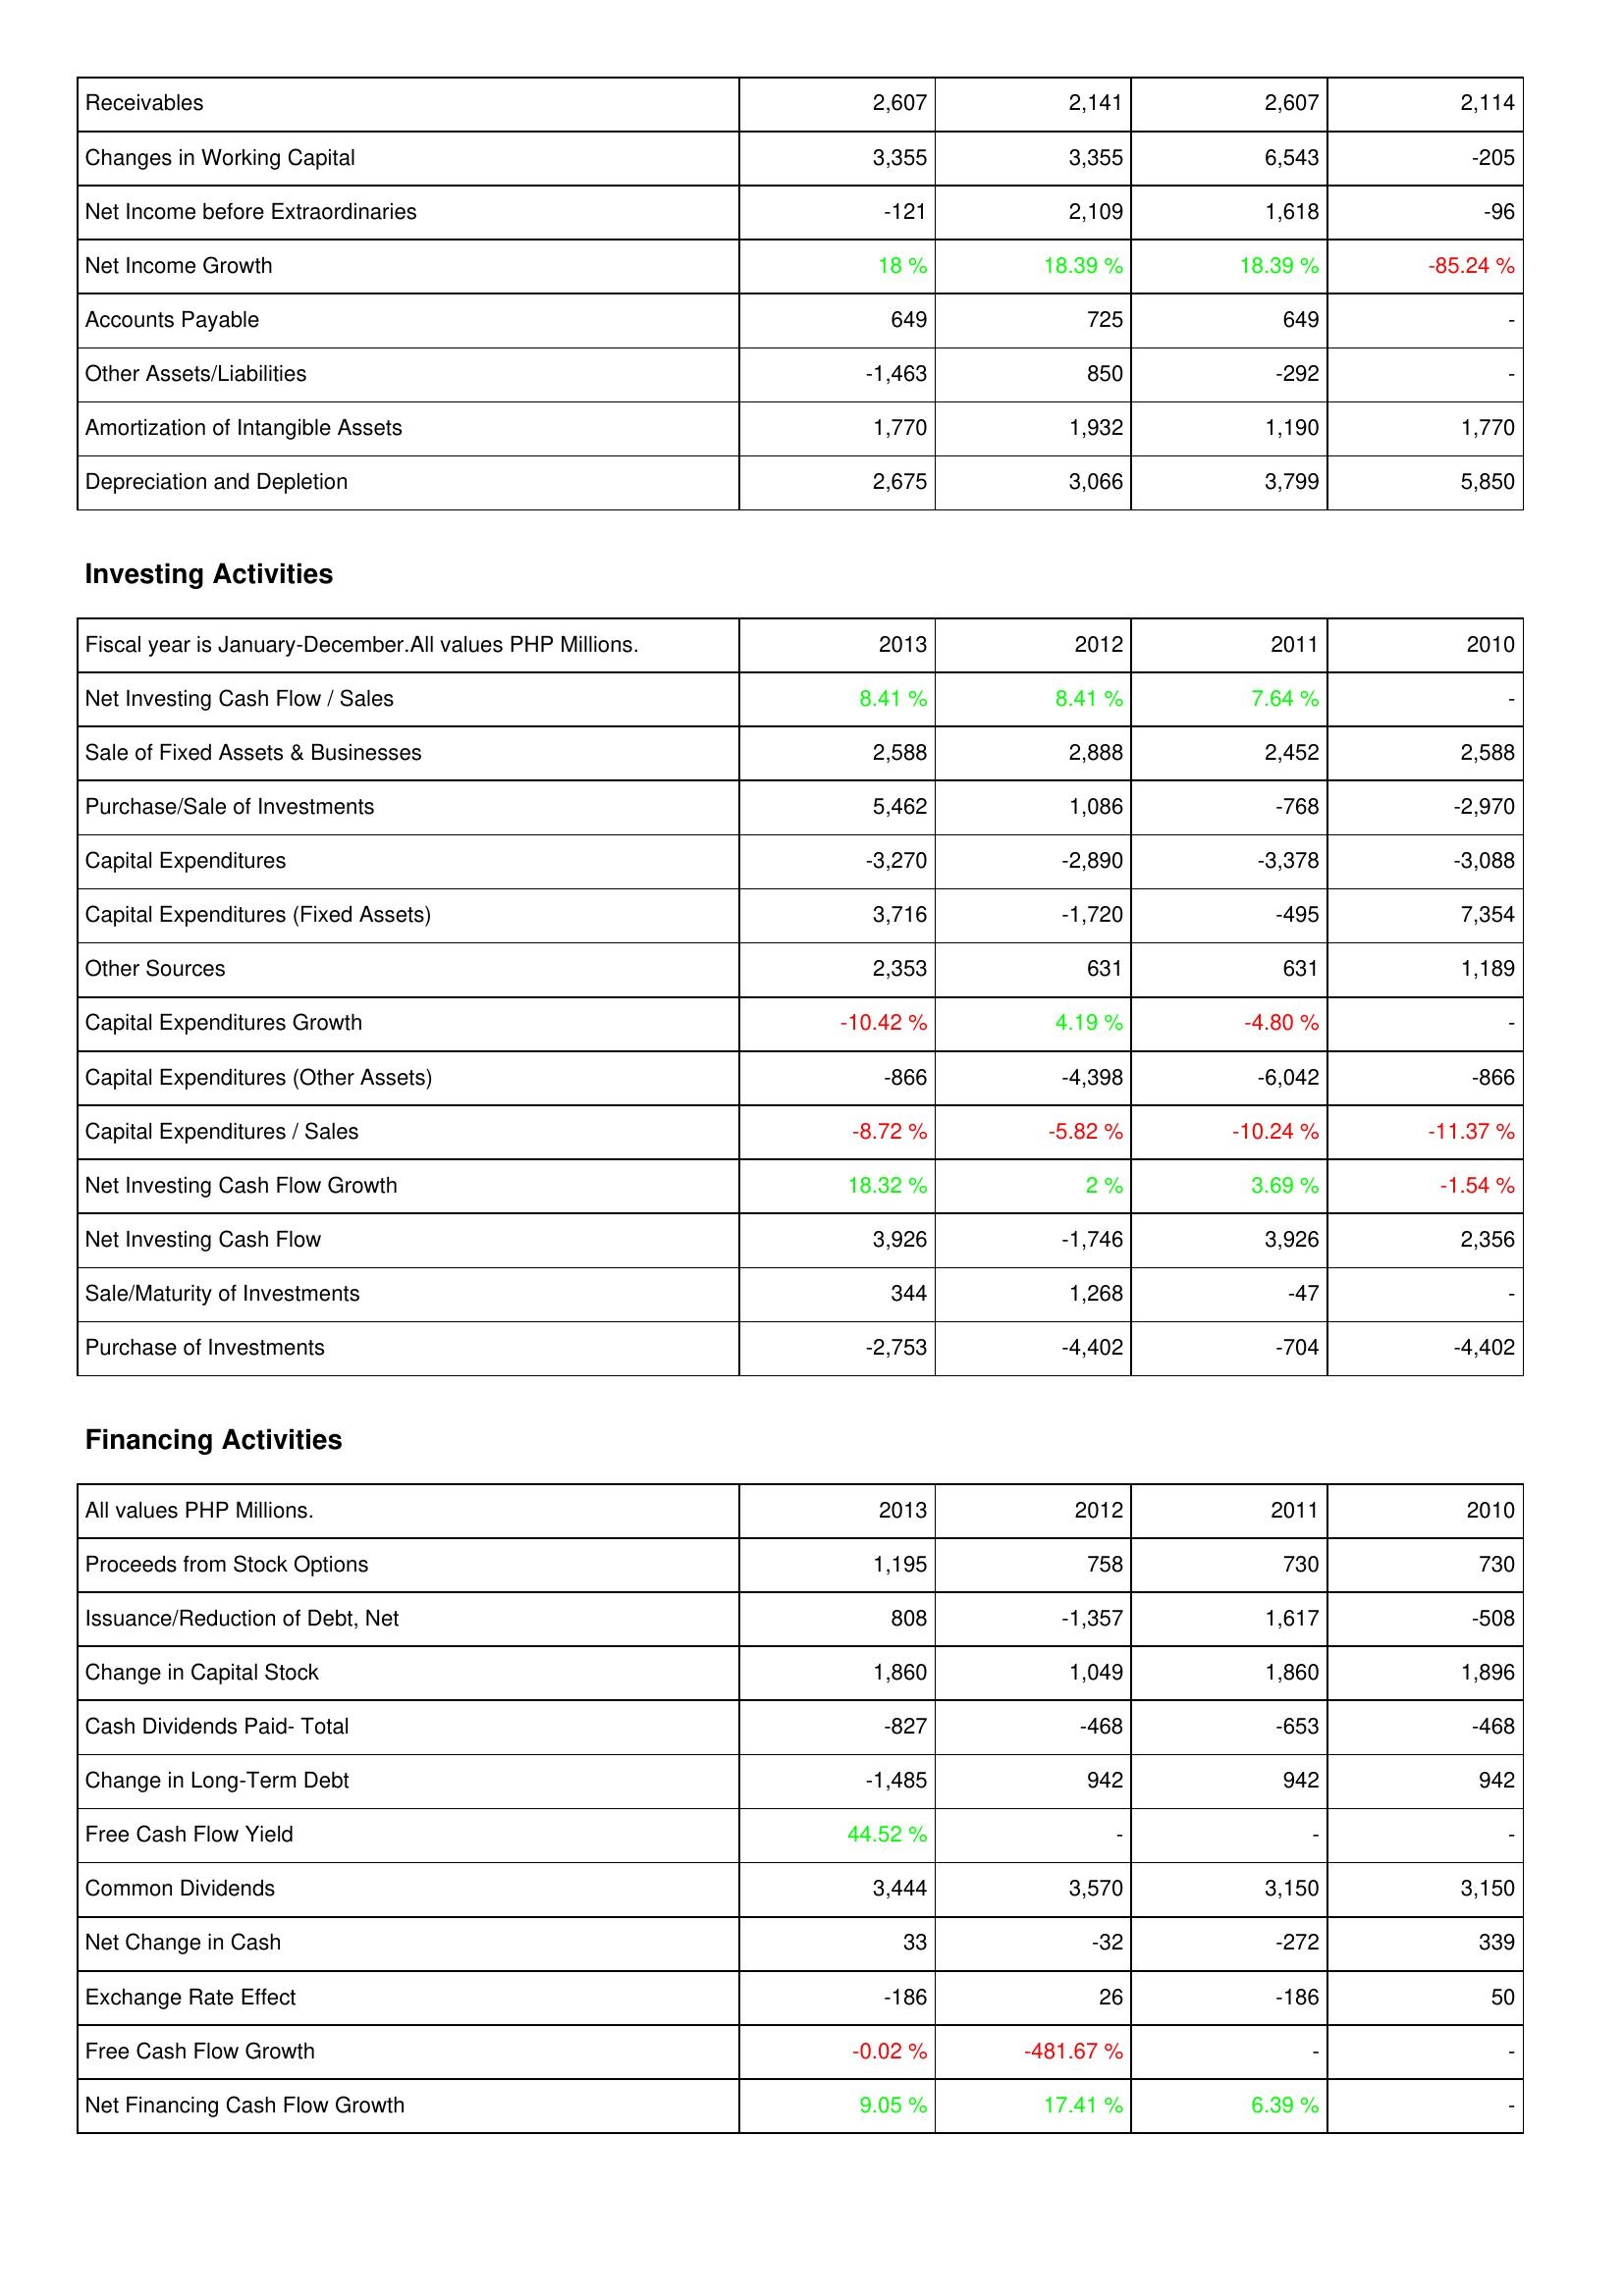
2013: Operating Activities: Receivables: 2,607
Changes in Working Capital: 3,355
Net Income before Extraordinaries: -121
Net Income Growth: 18 %
Accounts Payable: 649
Other Assets/Liabilities: -1,463
Amortization of Intangible Assets: 1,770
Depreciation and Depletion: 2,675
Investing Activities: Net Investing Cash Flow / Sales: 8.41 %
Sale of Fixed Assets & Businesses: 2,588
Purchase/Sale of Investments: 5,462
Capital Expenditures: -3,270
Capital Expenditures (Fixed Assets): 3,716
Other Sources: 2,353
Capital Expenditures Growth: -10.42 %
Capital Expenditures (Other Assets): -866
Capital Expenditures / Sales: -8.72 %
Net Investing Cash Flow Growth: 18.32 %
Net Investing Cash Flow: 3,926
Sale/Maturity of Investments: 344
Purchase of Investments: -2,753
Financing Activities: Proceeds from Stock Options: 1,195
Issuance/Reduction of Debt, Net: 808
Change in Capital Stock: 1,860
Cash Dividends Paid- Total: -827
Change in Long-Term Debt: -1,485
Free Cash Flow Yield: 44.52 %
Common Dividends: 3,444
Net Change in Cash: 33
Exchange Rate Effect: -186
Free Cash Flow Growth: -0.02 %
Net Financing Cash Flow Growth: 9.05 %
2012: Operating Activities: Receivables: 2,141
Changes in Working Capital: 3,355
Net Income before Extraordinaries: 2,109
Net Income Growth: 18.39 %
Accounts Payable: 725
Other Assets/Liabilities: 850
Amortization of Intangible Assets: 1,932
Depreciation and Depletion: 3,066
Investing Activities: Net Investing Cash Flow / Sales: 8.41 %
Sale of Fixed Assets & Businesses: 2,888
Purchase/Sale of Investments: 1,086
Capital Expenditures: -2,890
Capital Expenditures (Fixed Assets): -1,720
Other Sources: 631
Capital Expenditures Growth: 4.19 %
Capital Expenditures (Other Assets): -4,398
Capital Expenditures / Sales: -5.82 %
Net Investing Cash Flow Growth: 2 %
Net Investing Cash Flow: -1,746
Sale/Maturity of Investments: 1,268
Purchase of Investments: -4,402
Financing Activities: Proceeds from Stock Options: 758
Issuance/Reduction of Debt, Net: -1,357
Change in Capital Stock: 1,049
Cash Dividends Paid- Total: -468
Change in Long-Term Debt: 942
Free Cash Flow Yield: -
Common Dividends: 3,570
Net Change in Cash: -32
Exchange Rate Effect: 26
Free Cash Flow Growth: -481.67 %
Net Financing Cash Flow Growth: 17.41 %
2011: Operating Activities: Receivables: 2,607
Changes in Working Capital: 6,543
Net Income before Extraordinaries: 1,618
Net Income Growth: 18.39 %
Accounts Payable: 649
Other Assets/Liabilities: -292
Amortization of Intangible Assets: 1,190
Depreciation and Depletion: 3,799
Investing Activities: Net Investing Cash Flow / Sales: 7.64 %
Sale of Fixed Assets & Businesses: 2,452
Purchase/Sale of Investments: -768
Capital Expenditures: -3,378
Capital Expenditures (Fixed Assets): -495
Other Sources: 631
Capital Expenditures Growth: -4.80 %
Capital Expenditures (Other Assets): -6,042
Capital Expenditures / Sales: -10.24 %
Net Investing Cash Flow Growth: 3.69 %
Net Investing Cash Flow: 3,926
Sale/Maturity of Investments: -47
Purchase of Investments: -704
Financing Activities: Proceeds from Stock Options: 730
Issuance/Reduction of Debt, Net: 1,617
Change in Capital Stock: 1,860
Cash Dividends Paid- Total: -653
Change in Long-Term Debt: 942
Free Cash Flow Yield: -
Common Dividends: 3,150
Net Change in Cash: -272
Exchange Rate Effect: -186
Free Cash Flow Growth: -
Net Financing Cash Flow Growth: 6.39 %
2010: Operating Activities: Receivables: 2,114
Changes in Working Capital: -205
Net Income before Extraordinaries: -96
Net Income Growth: -85.24 %
Accounts Payable: -
Other Assets/Liabilities: -
Amortization of Intangible Assets: 1,770
Depreciation and Depletion: 5,850
Investing Activities: Net Investing Cash Flow / Sales: -
Sale of Fixed Assets & Businesses: 2,588
Purchase/Sale of Investments: -2,970
Capital Expenditures: -3,088
Capital Expenditures (Fixed Assets): 7,354
Other Sources: 1,189
Capital Expenditures Growth: -
Capital Expenditures (Other Assets): -866
Capital Expenditures / Sales: -11.37 %
Net Investing Cash Flow Growth: -1.54 %
Net Investing Cash Flow: 2,356
Sale/Maturity of Investments: -
Purchase of Investments: -4,402
Financing Activities: Proceeds from Stock Options: 730
Issuance/Reduction of Debt, Net: -508
Change in Capital Stock: 1,896
Cash Dividends Paid- Total: -468
Change in Long-Term Debt: 942
Free Cash Flow Yield: -
Common Dividends: 3,150
Net Change in Cash: 339
Exchange Rate Effect: 50
Free Cash Flow Growth: -
Net Financing Cash Flow Growth: -